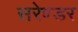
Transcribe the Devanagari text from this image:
सरेण्डर